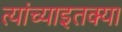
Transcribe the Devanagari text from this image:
त्यांच्याइतक्या